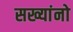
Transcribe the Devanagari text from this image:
सख्यांनो